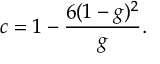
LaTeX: c = 1 - \frac { 6 ( 1 - g ) ^ { 2 } } { g } .